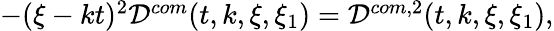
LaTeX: \begin{array}{r}{-(\xi-kt)^{2}\mathcal{D}^{com}(t,k,\xi,\xi_{1})=\mathcal{D}^{com,2}(t,k,\xi,\xi_{1}),}\end{array}